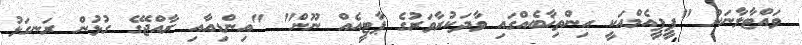
ވައްޓާލާނަން "ޕީޕީއެމްއަކީ އިންތިޚާބެއްގައި ވާދަކުރާވަރުގެ ޕާޓީއެއް ނޫން" "އިންޑިއާއި ރާއްޖޭގެ ގުޅުން ރަނގަޅު